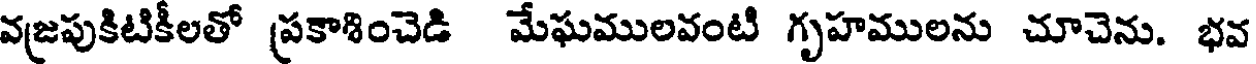
వజపుకిటికీలతో (పకాశించెడి మేఘములవంటి గృహములను చూచెను. భవ